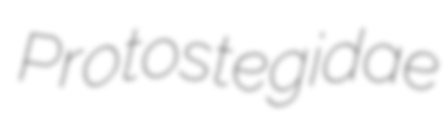
Protostegidae